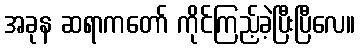
အခုန ဆရာကတော် ကိုင်ကြည့်ခဲ့ပြီးပြီလေ။